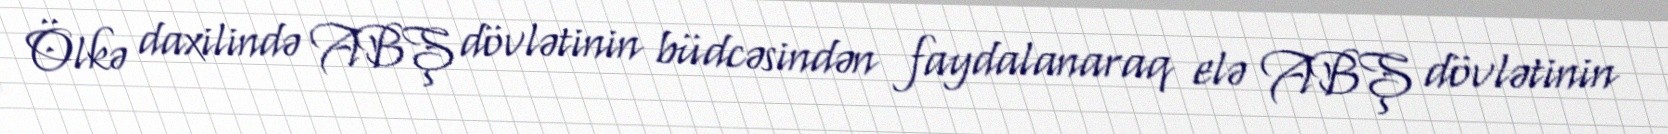
Ölkə daxilində ABŞ dövlətinin büdcəsindən faydalanaraq elə ABŞ dövlətinin